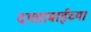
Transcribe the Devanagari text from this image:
दगडाबाईच्या